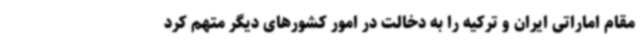
مقام اماراتی ایران و ترکیه را به دخالت در امور کشورهای دیگر متهم کرد